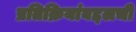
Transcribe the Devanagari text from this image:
प्रतिक्रियांबद्दलची